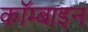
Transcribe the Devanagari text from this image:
कॉम्बाइन